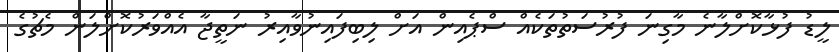
ލީޑު ފުޅާކޮށްލާނެ މާގިނަ ފުރުސަތުތަކެއް ސްޕެއިން އަށް ލިބިފައިނުވާއިރު ނަތީޖާ އެއްވަރުކޮށްލަން މެޗުގެ